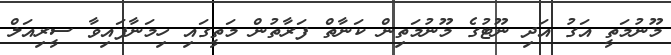
މޫނުމަތީ އަގު އަދި ނޫޓުގެ މޫނުމަތިން ކަނާތް ފަރާތުން މަތީގައި ހިމަނާފައިވާ ސީރިއަލް